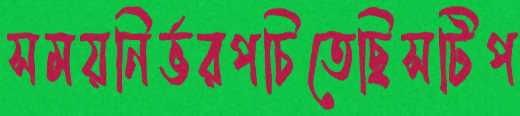
সময়নির্ভরপচিতেছিসটিপ